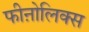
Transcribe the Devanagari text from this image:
फीऩोलिक्स